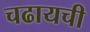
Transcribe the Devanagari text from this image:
चढायची